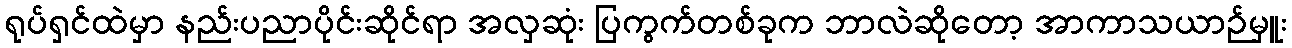
ရုပ်ရှင်ထဲမှာ နည်းပညာပိုင်းဆိုင်ရာ အလှဆုံး ပြကွက်တစ်ခုက ဘာလဲဆိုတော့ အာကာသယာဉ်မှူး